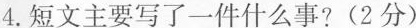
4.短文主要写了一件什么事?(2分)